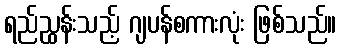
ရည်ညွှန်းသည့် ဂျပန်စကားလုံး ဖြစ်သည်။